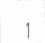
1